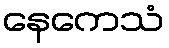
နေကေသံ